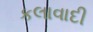
કલાવાદી